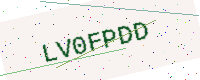
Text: LV0FPDD